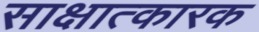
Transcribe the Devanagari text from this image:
साक्षात्कारक